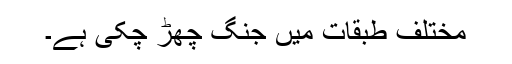
مختلف طبقات میں جنگ چھڑ چکی ہے۔